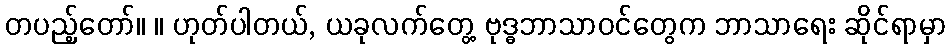
တပည့်တော်။ ။ ဟုတ်ပါတယ်, ယခုလက်တွေ့ ဗုဒ္ဓဘာသာဝင်တွေက ဘာသာရေး ဆိုင်ရာမှာ